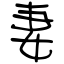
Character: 妻